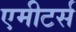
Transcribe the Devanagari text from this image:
एमीटर्स